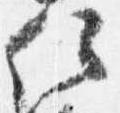
位